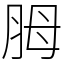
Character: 胟